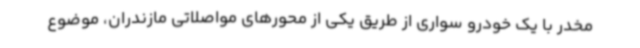
مخدر با یک خودرو سواری از طریق یکی از محورهای مواصلاتی مازندران، موضوع